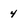
Character: 4